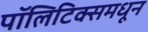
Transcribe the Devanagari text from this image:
पॉलिटिक्समधून